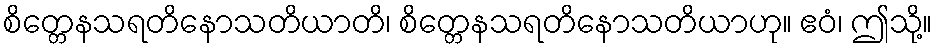
စိတ္တေနသရတိနောသတိယာတိ၊ စိတ္တေနသရတိနောသတိယာဟု။ ဧဝံ၊ ဤသို့။